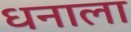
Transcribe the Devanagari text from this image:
धनाला